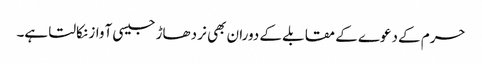
حرم کے دعوے کے مقابلے کے دوران بھی نر دھاڑ جیسی آواز نکالتا ہے۔